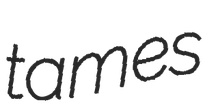
tames